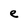
Character: e